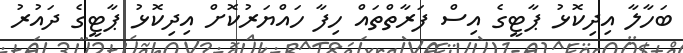
ބަހާލާ އިދިކޮޅު ޕާޓީގެ އިސް ފަރާތްތައް ހިފާ ހައްޔަރުކޮށް އިދިކޮޅު ޕާޓީގެ ދައުރު